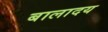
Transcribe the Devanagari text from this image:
बालादय